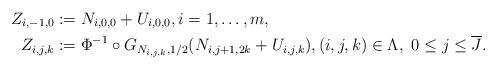
LaTeX: \begin{align*}Z_{i,-1,0} &:= N_{i,0,0}+U_{i,0,0}, i=1,\ldots,m, \\Z_{i,j,k} & := \Phi^{-1}\circ G_{N_{i,j,k}, 1/2}(N_{i,j+1,2k}+U_{i,j,k}), (i,j,k) \in \Lambda, \ 0\leq j\leq \overline J.\end{align*}